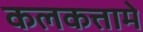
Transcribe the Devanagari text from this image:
कलकत्तामे